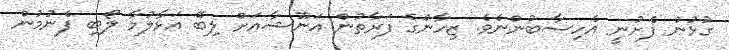
ގުޅުން ފެށުނީ އެހިސާބުންނެވެ. ޒިހާންގެ ފަރާތުން އަނޫޝާއަށް ލިބޭ އަޅާލުމާ ލޯބި ފެނުމުން